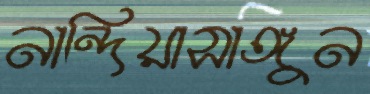
নান্দিয়াসাঙ্গুন